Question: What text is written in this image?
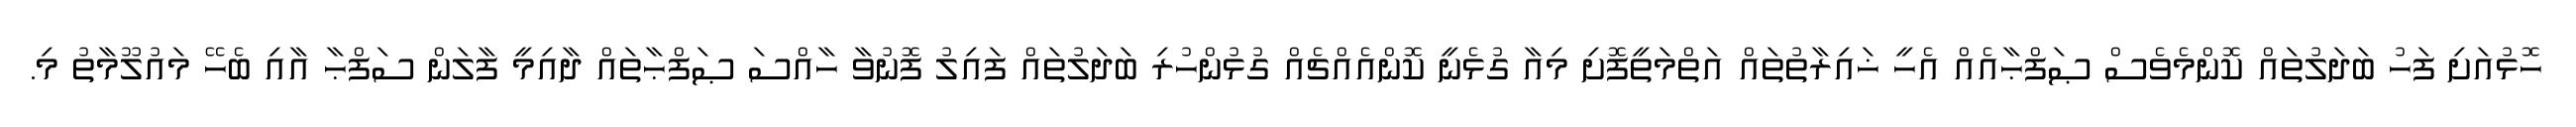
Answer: ހޮޅުއަށި ފަހު ބަދަލުތައް ކޮންމެވެސް ޞަފްޙާއެއް އެހީ ޚައިރާތުތައް އަތްމަތީފޮށި މިއާ ގުޅެނީ ކޮންއެއްޗެއް ގުޅުންހުރި ބަދަލުތައް ފައިލު ފޮނުވާ ހާއްސަ ޞަފްޙާތައް ދާއިމީ ފާލަން ސަފްޙާ އާއި ބެހޭ މައުލޫމާތު މި.